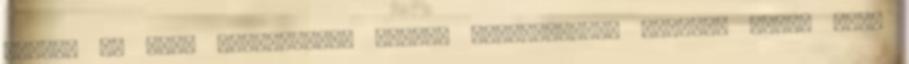
azokat az első pillantásra látens akadályokat, amelyek immár ezen